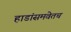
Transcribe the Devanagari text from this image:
हाडांसमवेतच